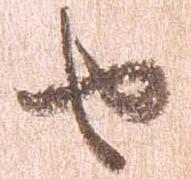
せ